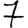
Digit: 7